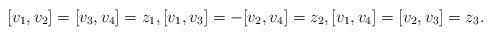
LaTeX: \begin{align*} [v_1, v_2]= [v_3, v_4] = z_1, [v_1, v_3]=- [v_2, v_4] = z_2, [v_1,v_4]= [v_2, v_3] = z_3.\end{align*}